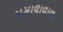
મસાલાવાળા